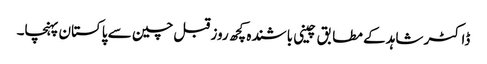
ڈاکٹر شاہد کے مطا بق چینی باشندہ کچھ روز قبل چین سے پاکستان پہنچا۔